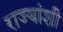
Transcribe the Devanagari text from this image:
राज्‍यांशी